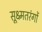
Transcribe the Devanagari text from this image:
सूक्ष्मतरंगों